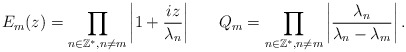
\begin{align*} E_m(z)=\displaystyle\prod_{n\in\mathbb{Z}^*, n\neq m}\left|1+\frac{iz}{\lambda_n}\right| \ \ \ \ \ Q_m=\displaystyle\prod_{n\in\mathbb{Z}^*, n\neq m}\left|\frac{\lambda_n}{\lambda_n-\lambda_m}\right|.\end{align*}